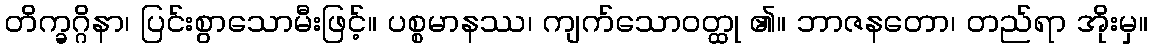
တိက္ခဂ္ဂိနာ၊ ပြင်းစွာသောမီးဖြင့်။ ပစ္စမာနဿ၊ ကျက်သောဝတ္ထု ၏။ ဘာဇနတော၊ တည်ရာ အိုးမှ။